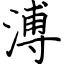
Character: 溥